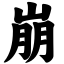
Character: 崩